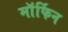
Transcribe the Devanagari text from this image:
माॅर्फिन